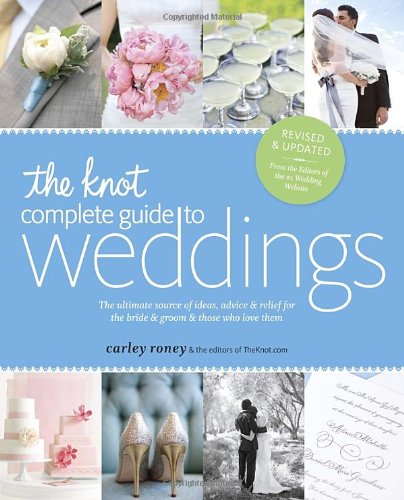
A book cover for The Knot Complete Guide to Weddings: The Ultimate Source of Ideas, Advice, and Relief for the Bride and Groom and Those Who Love Them; Carley Roney; Crafts, Hobbies & Home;